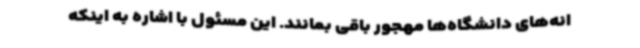
انه‌های دانشگاه‌ها مهجور باقی بمانند. این مسئول با اشاره به اینکه